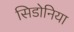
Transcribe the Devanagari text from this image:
सिडोनिया